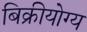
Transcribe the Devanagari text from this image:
बिक्रीयोग्य